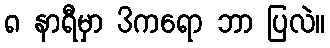
၈ နာရီမှာ 3ကရော ဘာ ပြလဲ။